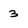
Character: 3